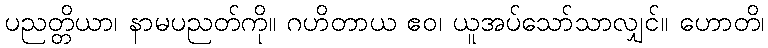
ပညတ္တိယာ၊ နာမပညတ်ကို။ ဂဟိတာယ ဧဝ၊ ယူအပ်သော်သာလျှင်။ ဟောတိ၊